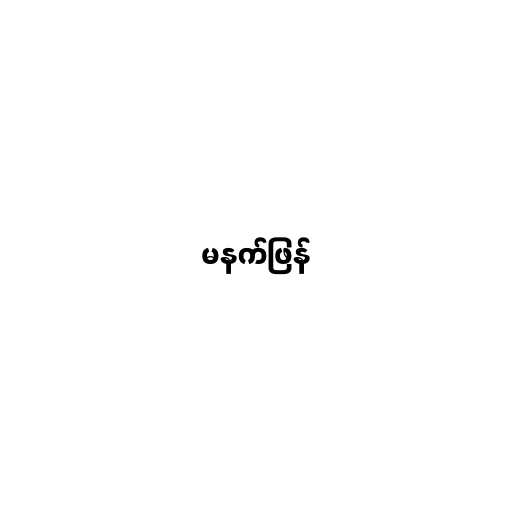
မနက်ဖြန်